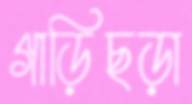
গাড়িছড়া